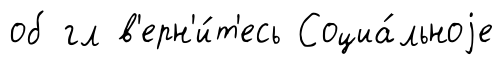
об гл в'ерн'и́т'есь Социа́льноjе